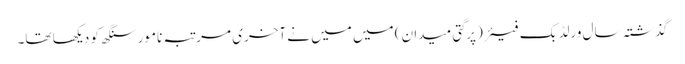
گذشتہ سال ورلڈ بک فیئر(پرگتی میدان) میں میں نے آخری مرتبہ نامور سنگھ کو دیکھا تھا۔